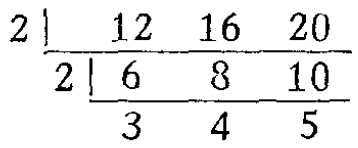
\[

\begin{array}{l|lll}

2 & 12 & 16 & 20 \\

\hline

2 & 6 & 8 & 10 \\

\hline

 & 3 & 4 & 5

\end{array}

\]